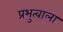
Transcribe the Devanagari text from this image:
प्रभुत्वाला